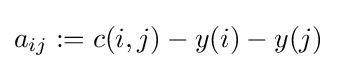
a_{ij}:=c(i,j)-y(i)-y(j)